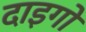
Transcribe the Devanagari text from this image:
दाइगो